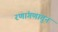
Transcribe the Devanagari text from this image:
रणांगणातुन